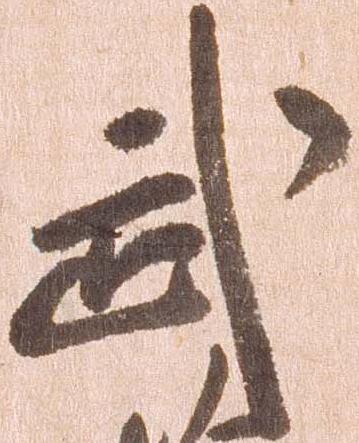
武